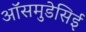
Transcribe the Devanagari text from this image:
ऑसमुडेसिई